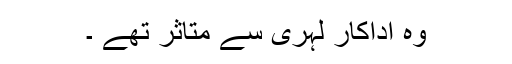
وہ اداکار لہری سے متاثر تھے ۔